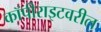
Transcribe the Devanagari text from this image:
कॉपीराइटवरील